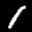
Label: 1